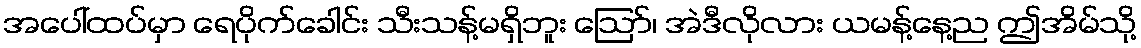
အပေါ်ထပ်မှာ ရေပိုက်ခေါင်း သီးသန့်မရှိဘူး ဪ၊ အဲဒီလိုလား ယမန့်နေ့ည ဤအိမ်သို့